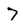
Character: 7